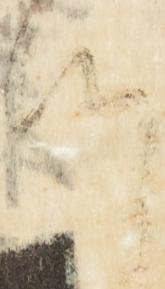
ツ